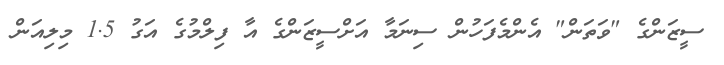
ސީޒަންގެ "ވަތަން" އެންމެފަހުން ސިނަމާ އަށްސީޒަންގެ އާ ފިލްމުގެ އަގު 1.5 މިލިއަން